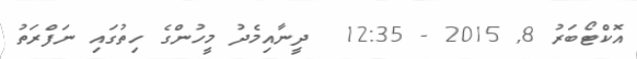
އޮކްޓޯބަރު 8